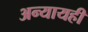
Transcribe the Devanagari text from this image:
अन्यायही